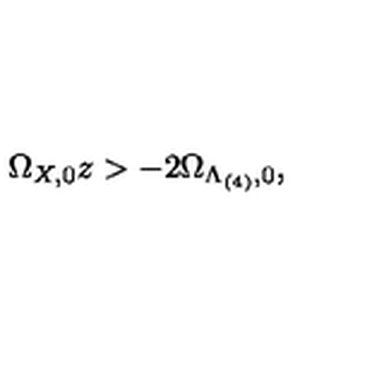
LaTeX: \Omega _ { X , 0 } z > - 2 \Omega _ { \Lambda _ { ( 4 ) } , 0 } ,